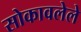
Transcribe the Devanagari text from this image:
सोकावलेले